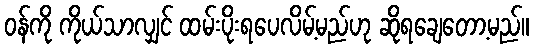
ဝန်ကို ကိုယ်သာလျှင် ထမ်းပိုးရပေလိမ့်မည်ဟု ဆိုရချေတော့မည်။